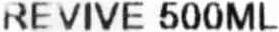
REVIVE 500ML